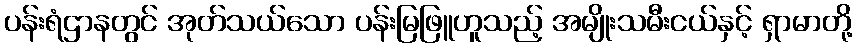
ပန်းရံဌာနတွင် အုတ်သယ်သော ပန်းမြဖြူဟူသည့် အမျိုးသမီးငယ်နှင့် ရှာမာတို့